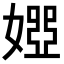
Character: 𡟳